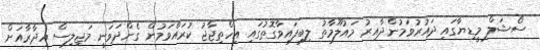
ސޯޝަލް މީޑިޔާގައި ދައުރުވަމުންދާއިރު މައުލޫމާތު ލިބިފައިވާގޮތުގައި އިހްތިޖާޖު ކުރައްވަމުން ގެންދަވަނީ މަޖިލިސް އިދާރާއަށް